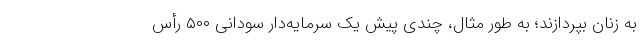
به زنان بپردازند؛ به طور مثال، چندی پیش یک سرمایه‌دار سودانی ۵۰۰ رأس